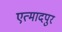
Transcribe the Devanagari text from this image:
एत्मादपुर